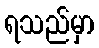
ရသည်မှာ